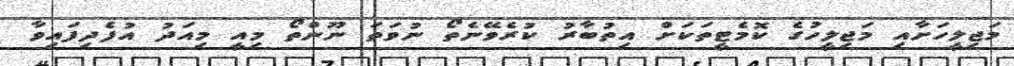
މަޖިލީހަށާއި މަޖިލީހުގެ ކޮމެޓީތަކަށް އިތުބާރު ކުރެވޭނެތޯ ނުވަތަ ނޫންތޯ މިއީ މިއަދު އުފެދިފައިވާ